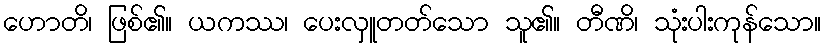
ဟောတိ၊ ဖြစ်၏။ ယကဿ၊ ပေးလှူတတ်သော သူ၏။ တီဏိ၊ သုံးပါးကုန်သော။